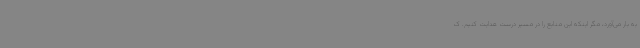
به بار می‌آورد، مگر اینکه این منابع را در مسیر درست هدایت کنیم. ک